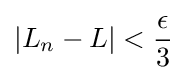
\left|L_{n}-L\right|<{\frac {\epsilon }{3}}